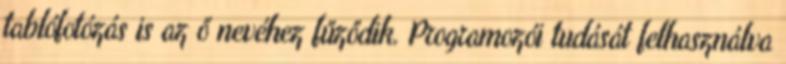
tablófotózás is az ő nevéhez fűződik. Programozói tudását felhasználva